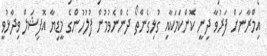
އިމްރާނަށް ފަރުވާ ދިނީ ކޮންކަމަކާއި ގުޅިގެންތޯ ދެންނެވުމުން ފުލުހުންގެ މީޑިޔާ އޮފިޝަލް ވިދާޅުވީ